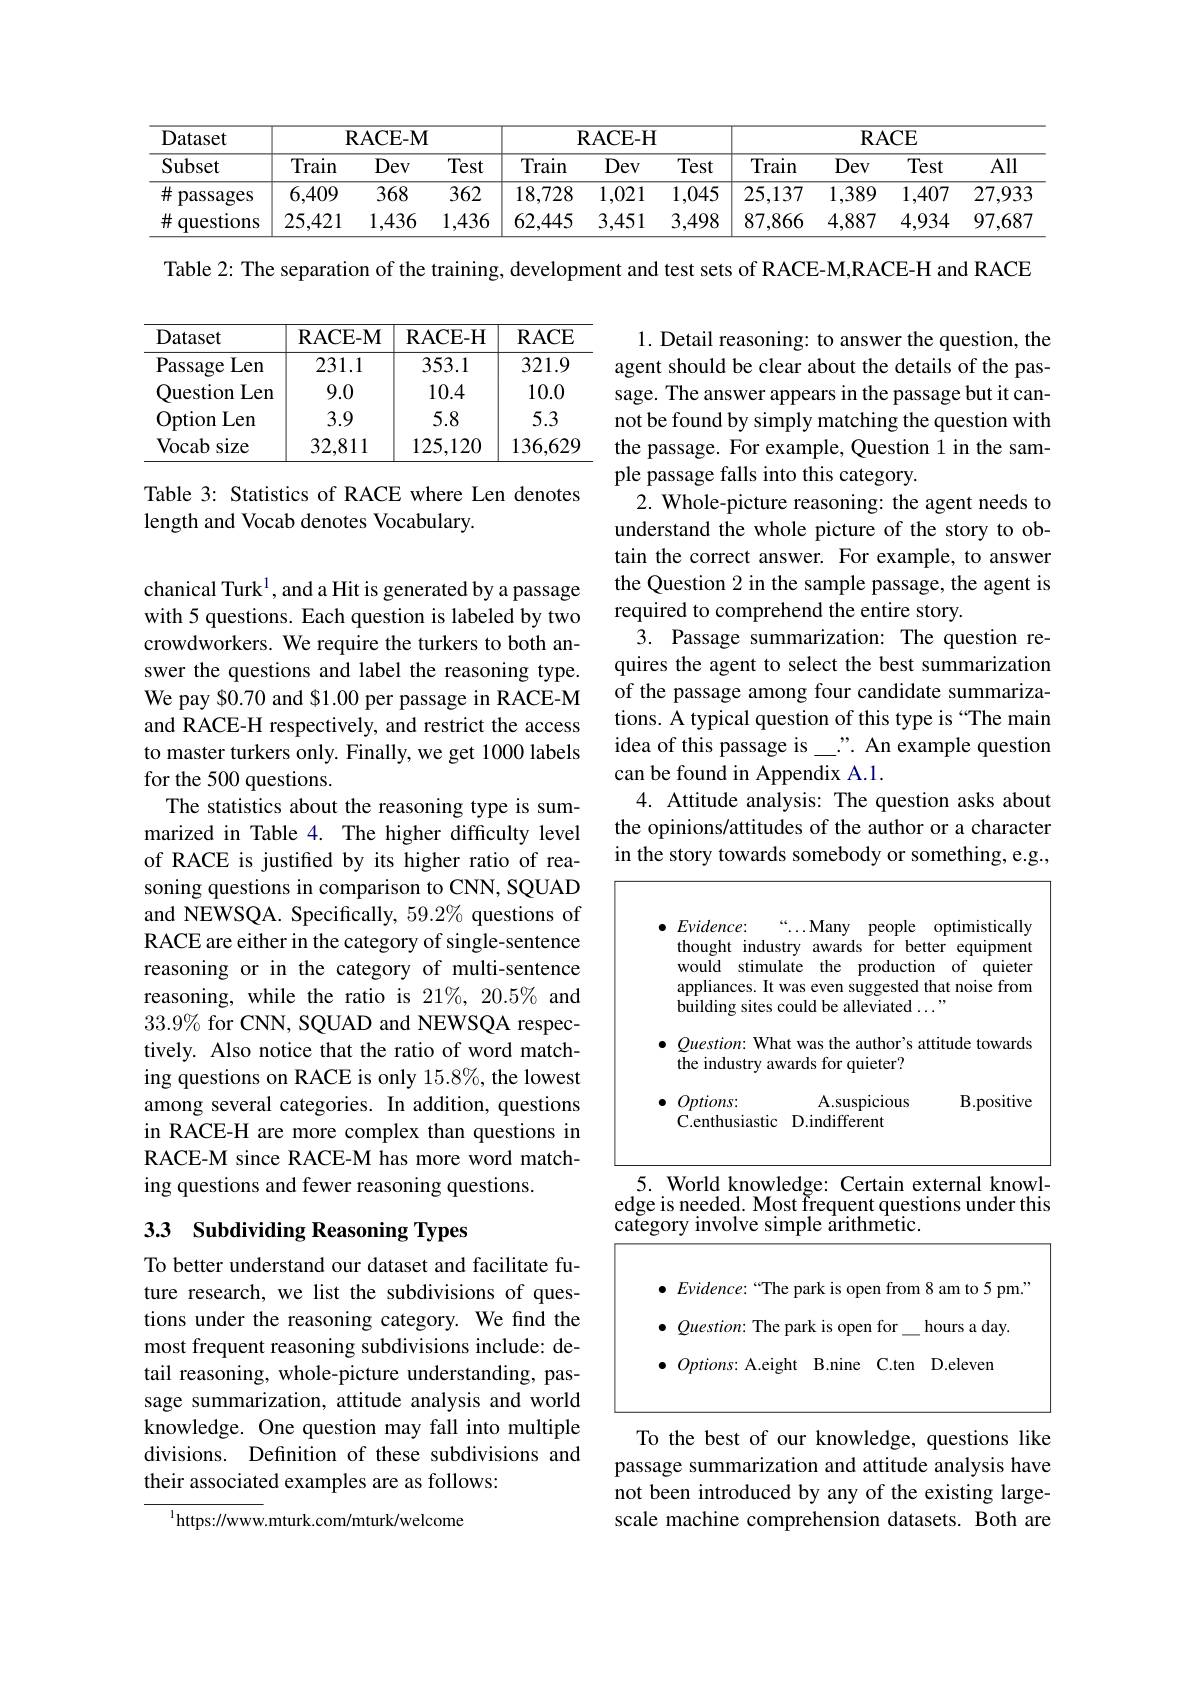
<table>
	<tbody>
		<tr>
			<th rowspan="2">Dataset Subset</th>
			<th colspan="3">RACE- M</th>
			<th colspan="3">$\mathbf{RACE-H}$</th>
			<th colspan="4">$\mathbf{R}$ACE</th>
		</tr>
		<tr>
			<th>Train</th>
			<th>Dev</th>
			<th>Test</th>
			<th>Train</th>
			<th>Dev</th>
			<th>Test</th>
			<th>Train</th>
			<th>Dev</th>
			<th>Test</th>
			<th>All</th>
		</tr>
		<tr>
			<td>$\#$ passages</td>
			<td>6,409</td>
			<td>368</td>
			<td>362</td>
			<td>18,728</td>
			<td>1,021</td>
			<td>1,045</td>
			<td>25,137</td>
			<td>1,389</td>
			<td>1,407</td>
			<td>27,933</td>
		</tr>
		<tr>
			<td>$\#$ questions</td>
			<td>25,421</td>
			<td>1,436</td>
			<td>1,436</td>
			<td>62,445</td>
			<td>3,451</td>
			<td>3,498</td>
			<td>87,866</td>
			<td>4,887</td>
			<td>4,934</td>
			<td>97,687</td>
		</tr>
	</tbody>
</table>

Table 2: The separation of the training, development and test sets of RACE-M,RACE-H and RACE

<table>
	<tbody>
		<tr>
			<th>Dataset</th>
			<th>RACE- M</th>
			<th>RACE- H</th>
			<th>$\mathbf{RACE}$</th>
		</tr>
		<tr>
			<td>Passage Len</td>
			<td>231.1</td>
			<td>353.1</td>
			<td>321.9</td>
		</tr>
		<tr>
			<td>Question Len</td>
			<td>9.0</td>
			<td>10.4</td>
			<td>10.0</td>
		</tr>
		<tr>
			<td>Len Option</td>
			<td>3.9</td>
			<td></td>
			<td>5.3</td>
		</tr>
		<tr>
			<td>Vocab size</td>
			<td>32,811</td>
			<td>125,120</td>
			<td>136,629</td>
		</tr>
	</tbody>
</table>

Table 3: Statistics of RACE where Len denotes
length and Vocab denotes Vocabulary.

1. Detail reasoning: to answer the question, the agent should be clear about the details of the passage. The answer appears in the passage but it cannot be found by simply matching the question with the passage. For example, Question 1 in the sample passage falls into this category.
2. Whole-picture reasoning: the agent needs to understand the whole picture of the story to obtain the correct answer. For example, to answer the Question 2 in the sample passage, the agent is required to comprehend the entire story.
3. Passage summarization: The question requires the agent to select the best summarization of the passage among four candidate summarizations. A typical question of this type is “The main idea of this passage is\_". An example question can be found in Appendix A.1.
4. Attitude analysis: The question asks about the opinions/attitudes of the author or a character in the story towards somebody or something, e.g.,

chanical Turk$^{1}$, and a Hit is generated by a passage with 5 questions. Each question is labeled by two crowdworkers. We require the turkers to both answer the questions and label the reasoning type. We pay $0.70 and $1.00 per passage in RACE-M and RACE-H respectively, and restrict the access to master turkers only. Finally, we get 1000 labels for the 500 questions.
The statistics about the reasoning type is summarized in Table 4. The higher difficulty level of RACE is justifed by its higher ratio of reasoning questions in comparison to CNN, SQUAD and NEWSQA. Specifically, $59.2\%$ questions of RACE are either in the category of single-sentence reasoning or in the category of multi-sentence reasoning, while the ratio is 21%, 20.5% and $33.9\%$ for CNN, SQUAD and NEWSQA respectively. Also notice that the ratio of word matching questions on RACE is only 15.8%, the lowest among several categories. In addition, questions in RACE-H are more complex than questions in RACE-M since RACE-M has more word matching questions and fewer reasoning questions.

<table>
	<tbody>
		<tr>
			<td>$Evidence:$ $\begin{bmatrix}1&1\\1&1\end{bmatrix}$ Many people thought industry awards s for be t would stimulate the productic appliances. It was even suggested building sites could be alleviated .</td>
			<td>optimistically tter equrpment of quieter ) n that noise f from 1 , 1</td>
		</tr>
		<tr>
			<td> $Ouestion{: }$ What was the author's a the industry awards for quieter?</td>
			<td>ttitude towards</td>
		</tr>
		<tr>
			<td>$Options:$ A.suspicious C.enthusiastic D.indifferent</td>
			<td>$\mathbf{B}.$positive</td>
		</tr>
		<tr>
			<td>5. World knowledge: 1 Certain ex edge is needed. Most frequent quest category involve simple arithmetic.</td>
			<td>knowl- xternal ions under this</td>
		</tr>
		<tr>
			<td>${\sim}\mathbf{g}^{\mathrm{or~y~mv}}$ $\operatorname*{mprc}$ 144 $Evidence:“$The park is open from</td>
			<td>am to 5 pm. 8</td>
		</tr>
		<tr>
			<td>$Question:$ The park is open for</td>
			<td>$day.$ hours a c</td>
		</tr>
		<tr>
			<td>$Options:$ A.eight B. nine C.ten</td>
			<td>D.eleven</td>
		</tr>
	</tbody>
</table>

## 3.3 Subdividing Reasoning Types

To better understand our dataset and facilitate future research, we list the subdivisions of questions under the reasoning category. We find the most frequent reasoning subdivisions include: detail reasoning, whole-picture understanding, passage summarization, attitude analysis and world knowledge. One question may fall into multiple divisions. Definition of these subdivisions and their associated examples are as follows:

To the best of our knowledge, questions like passage summarization and attitude analysis have not been introduced by any of the existing largescale machine comprehension datasets. Both are

$^{1}$https://www.mturk.com/mturk/welcome